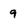
Character: 9